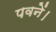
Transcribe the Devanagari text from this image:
पवनें।